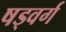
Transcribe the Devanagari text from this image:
षड्वर्ग